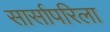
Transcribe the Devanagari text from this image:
सार्सापरिला